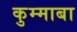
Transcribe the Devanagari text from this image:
कुम्माबा